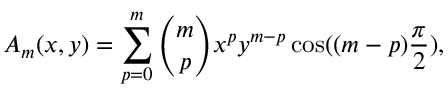
A _ { m } ( x , y ) = \sum _ { p = 0 } ^ { m } { \binom { m } { p } } x ^ { p } y ^ { m - p } \cos ( ( m - p ) { \frac { \pi } { 2 } } ) ,